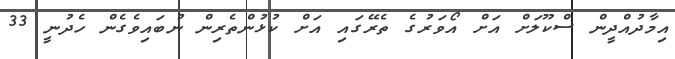
އިމާދުއްދީން ސްކޫލަށް އަށް އޯވަރުގެ ތެރޭގައި އަށް ކުޅުންތެރިން ނުބައިވެގެން ހެދުނީ 33